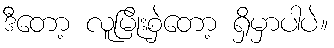
ဒီတော့ လူမြိုးစှဲတော့ ရှိမှာပါပဲ။